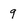
Character: 9